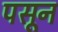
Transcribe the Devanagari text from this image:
पसून